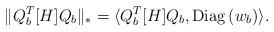
LaTeX: \begin{align*}\|Q_{b}^T[H] Q_{b}\|_*=\langle Q_{b}^T[H] Q_{b},{\rm Diag}\, (w_{b}) \rangle.\end{align*}